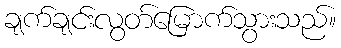
ချက်ချင်းလွတ်မြောက်သွားသည်။